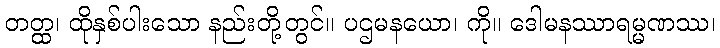
တတ္ထ၊ ထိုနှစ်ပါးသော နည်းတို့တွင်။ ပဌမနယော၊ ကို။ ဒေါမနဿာရမ္မဏဿ၊